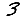
Digit: 3